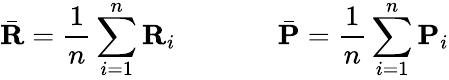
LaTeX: \bar{\textbf{R}}=\frac{1}{n}\sum_{i=1}^{n}\textbf{R}_{i}\; \; \; \; \; \; \; \; \; \; \; \; \; \bar{\textbf{P}}=\frac{1}{n}\sum_{i=1}^{n}\textbf{P}_{i}